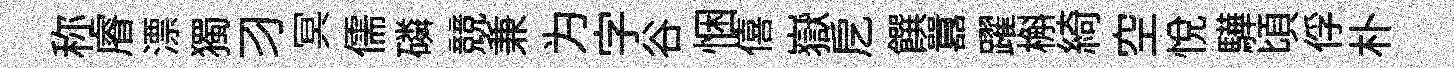
称𥈠漂獨习冥儒磷競兼为字谷悃僖嶽戹饌囂躍槲綺空悦驊頃俘朴